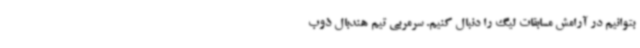
بتوانیم در آرامش مسابقات لیگ را دنبال کنیم. سرمربی تیم هندبال ذوب